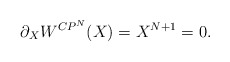
\begin{align*}\partial_{X}W^{CP^{N}}(X)=X^{N+1}=0.\end{align*}